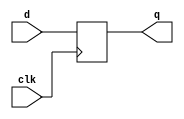
// This program was cloned from: https://github.com/matthewdelorenzo/CreativEval
// License: BSD 3-Clause "New" or "Revised" License

module top_module (
    input clk,    // Clocks are used in sequential circuits
    input d,
    output reg q );//

    always @(posedge clk) begin
        q <= d;
    end

endmodule